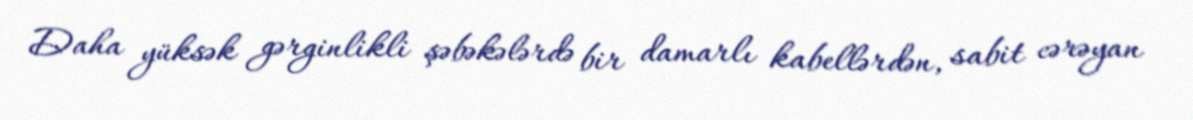
Daha yüksək gərginlikli şəbəkələrdə bir damarlı kabellərdən, sabit cərəyan